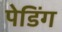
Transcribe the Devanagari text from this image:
पेडिंग